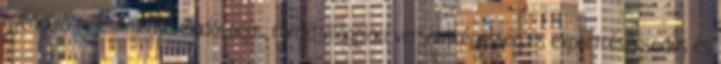
gyengülő teljesítménye eladósodás, romló világpiaci versenyképesség és exportrészesedés és